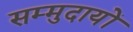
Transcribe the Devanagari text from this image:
सम्मुदायों